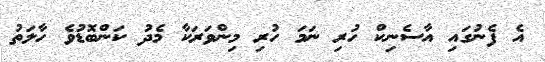
އެ ފެނުގައި އާސެނިކް ހުރި ނަމަ ހުރި މިންވަރަކާ މެދު ކަންބޮޑުވެ ހާލަތު